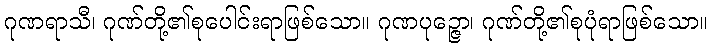
ဂုဏရာသီ၊ ဂုဏ်တို့၏စုပေါင်းရာဖြစ်သော။ ဂုဏပုဉ္ဇော၊ ဂုဏ်တို့၏စုပုံရာဖြစ်သော။